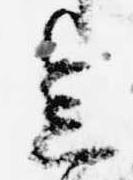
会